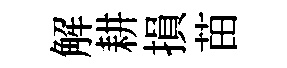
解耕損苗